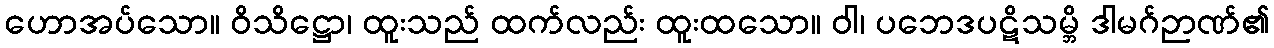
ဟောအပ်သော။ ဝိသိဋ္ဌော၊ ထူးသည် ထက်လည်း ထူးထသော။ ဝါ၊ ပဘေဒပဋိသမ္ဘိ ဒါမဂ်ဉာဏ်၏